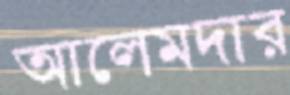
আলেমদার